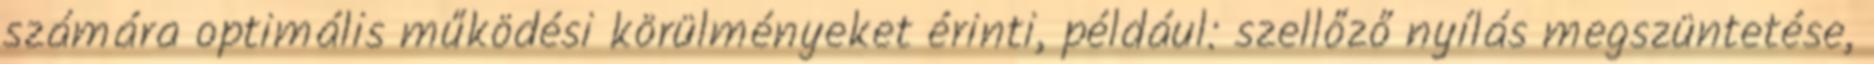
számára optimális működési körülményeket érinti, például: szellőző nyílás megszüntetése,